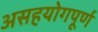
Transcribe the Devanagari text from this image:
असहयोगपूर्ण